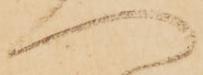
へ